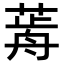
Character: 𦷱